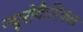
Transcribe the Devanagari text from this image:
न्यूरोकैमिकल